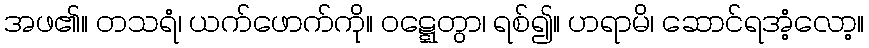
အဖ၏။ တသရံ၊ ယက်ဖောက်ကို။ ဝဋ္ဋေတွာ၊ ရစ်၍။ ဟရာမိ၊ ဆောင်ရအံ့လော့။